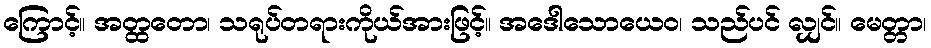
ကြောင့်။ အတ္ထတော၊ သရုပ်တရားကိုယ်အားဖြင့်။ အဒေါသောယေဝ၊ သည်ပင် လျှင်။ မေတ္တာ၊